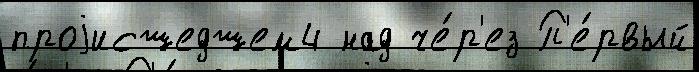
проjисшедшем4 над че́р'ез П'е́рвый